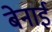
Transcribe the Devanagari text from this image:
बेनाई